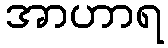
အာဟာရ